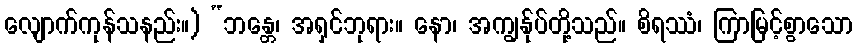
လျောက်ကုန်သနည်း။) “ဘန္တေ၊ အရှင်ဘုရား။ နော၊ အကျွန်ုပ်တို့သည်။ စိရဿံ၊ ကြာမြင့်စွာသော